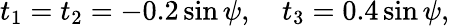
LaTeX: t_{1}=t_{2}=-0.2\sin\psi,\quad t_{3}=0.4\sin\psi,